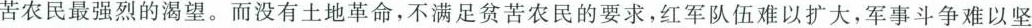
苦农民最强烈的渴望。而没有土地革命，不满足贫苦农民的要求，红军队伍难以扩大，军事斗争难以坚